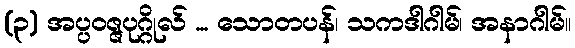
(၃) အပ္ပဝဇ္ဇပုဂ္ဂိုလ် ... သောတပန်၊ သကဒါဂါမ်၊ အနာဂါမ်။